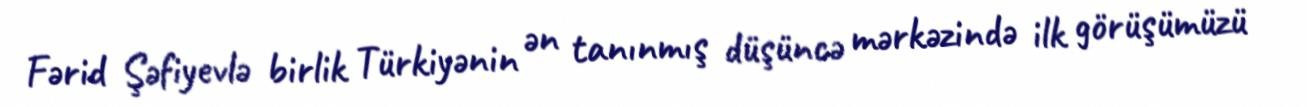
Fərid Şəfiyevlə birlik Türkiyənin ən tanınmış düşüncə mərkəzində ilk görüşümüzü